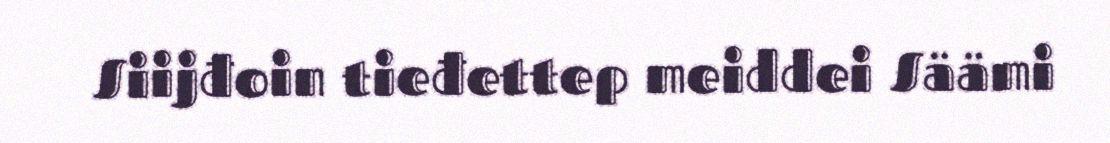
Siijđoin tieđettep meiddei Säämi